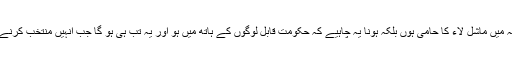
اس تعریف کا یہ مطلب نہیں کہ میں ماشل لاء کا حامی ہوں بلکہ ہونا یہ چاہیے کہ حکومت قابل لوگوں کے ہاتھ میں ہو اور یہ تب ہی ہو گا جب انہیں منتخب کرنے والوں میں بھی کچھ قابلیت ہو۔